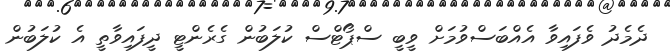
ދެމެދު ވެފައިވާ އެއްބަސްވުމަށް ވީބީ ސްޕޯޓްސް ކުލަބުން ގެރެންޓީ ދީފައިވާތީ އެ ކުލަބުން